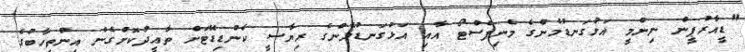
"ޑީއާރުޕީން ނިންމީ އަޅުގަނޑުމެންގެ މެނިފެސްޓޯ އާއި އަޅުގަނޑުމެންގެ ރިޔާސީ ކެންޑިޑޭޓަށް ތާއީދުކޮށްގެން އިންތިހާބުގެ